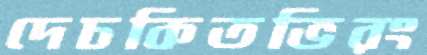
দেচকিতভিরং